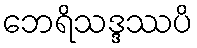
ဘေရိသဒ္ဒဿပိ